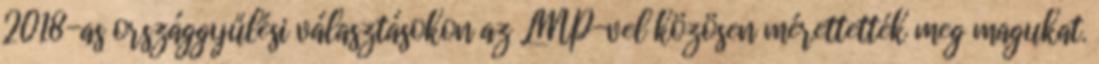
2018-as országgyűlési választásokon az LMP-vel közösen mérettették meg magukat.